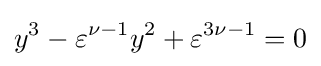
y^{3}-\varepsilon ^{\nu -1}y^{2}+\varepsilon ^{3\nu -1}=0